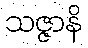
သဇ္ဇာနိ